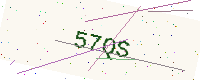
Text: 57QS